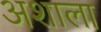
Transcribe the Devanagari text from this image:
अशाला